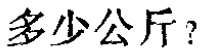
多少公斤？